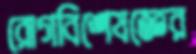
রোগবিশেষজ্ঞের